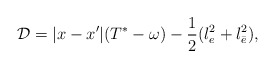
\begin{align*}{\cal D}=|x-x'|(T^*-\omega)-\frac{1}{2}(l_e^2+l_{\bar{e}}^2),\end{align*}